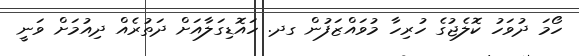
ހޯމަ ދުވަހު ކޮލެޖުގެ ހުރިހާ މުވައްޒަފުން ގދ. ހައޮޑިގަލާއަށް ދަތުރެއް ދިއުމަށް ވަނީ